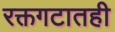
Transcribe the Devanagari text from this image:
रक्तगटातही